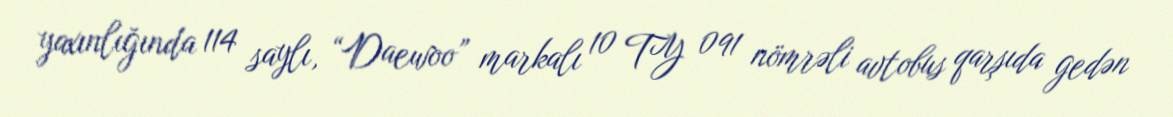
yaxınlığında 114 saylı, “Daewoo” markalı 10 TY 091 nömrəli avtobus qarşıda gedən